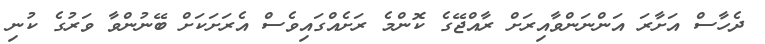
ދެހާސް އަށާރަ އަންނަންވާއިރަށް ރާއްޖޭގެ ކޮންމެ ރަށެއްގައިވެސް އެރަށަކަށް ބޭނުންވާ ވަރުގެ ކުނި